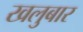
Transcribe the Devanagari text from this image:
खलुबार